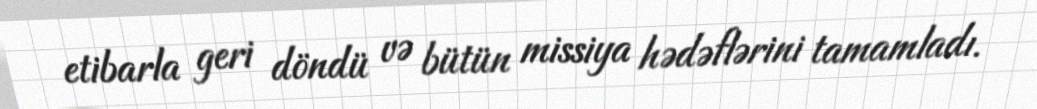
etibarla geri döndü və bütün missiya hədəflərini tamamladı.